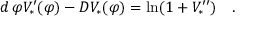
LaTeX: d \, \varphi V _ { * } ^ { \prime } ( \varphi ) - D V _ { * } ( \varphi ) = \ln ( 1 + V _ { * } ^ { \prime \prime } ) \quad .